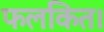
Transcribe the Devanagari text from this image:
फलकित।